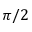
\pi / 2